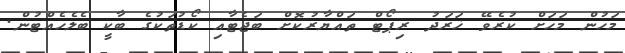
މަހުން މަހަށް ކުރެވޭ ޚަރަދު ރިޕޯޓް ތައްޔާރުކޮށް ބަޖެޓާއި ކޯޑުތަކުގެ ބާކީ ބެލެހެއްޓުން.